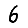
Digit: 6